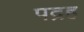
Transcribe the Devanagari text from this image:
पद्रह